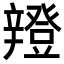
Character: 𨐸